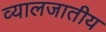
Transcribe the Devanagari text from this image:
व्यालजातीय